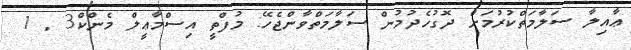
ޢާއިލާ ސަލާމަތްކުރުމަށް ދޮގުހެދުމުން ސަލާމަތްވާންޖެހޭ: މުފްތީ އިސްމާޢީލް މެންކް3